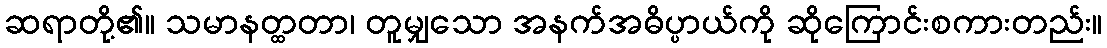
ဆရာတို့၏။ သမာနတ္ထတာ၊ တူမျှသော အနက်အဓိပ္ပာယ်ကို ဆိုကြောင်းစကားတည်း။